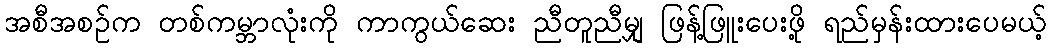
အစီအစဉ်က တစ်ကမ္ဘာလုံးကို ကာကွယ်ဆေး ညီတူညီမျှ ဖြန့်ဖြူးပေးဖို့ ရည်မှန်းထားပေမယ့်